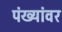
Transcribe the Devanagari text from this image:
पंख्यांवर